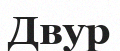
Двур